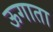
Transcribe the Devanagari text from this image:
ऊगाता